Report on plague and inoculation in the Punjab from October 1st ... to September 30th..., being the ... season of plague in the province
Disease focus: Plague
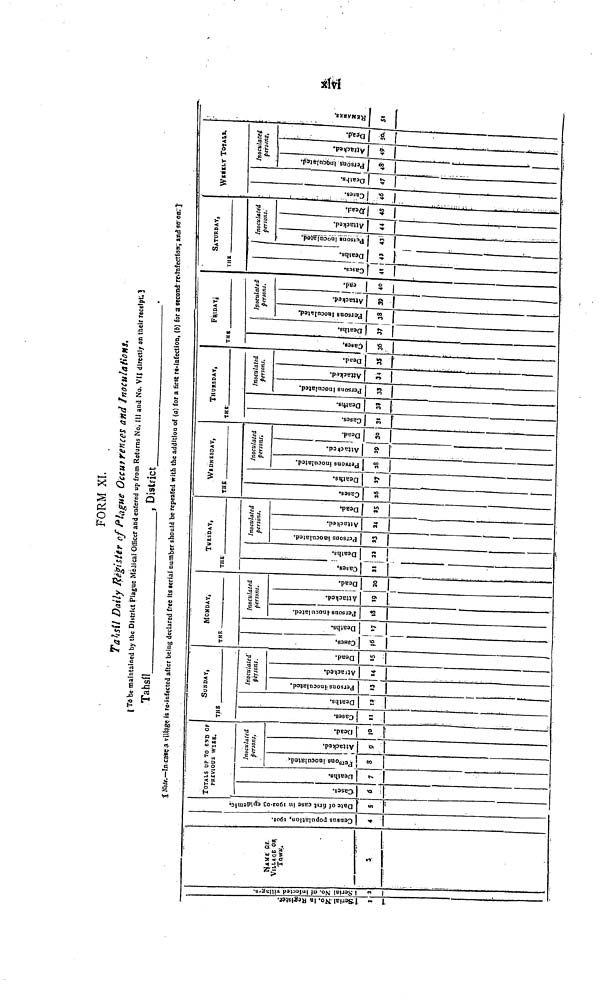
FORM XL
Tahsíl Daily Register of Plague Occurrences and Inoculations.
[ To be maintained by the District Plague Mèdical Officer and catered up from Returns No. III and No. VII directly on their receipt. ]
Tahsil
, District
[ Note.—In case a village is re-infected after being declared free its serial number should be repeated with the addition of (a) for a first re-infection, (b) for a second re infection, and so on.]
Serial No in Register
1
Serial No.of infected village
2
NAME OF VILLAGE OR
TOWN.
3
Census population,1901
4
Date of first case in1902.03epidemic
5
TOTALS UP TO END OF
PREVIOUS WEEK,
Cases
6
Deaths
7
Inoculated
persons.
Persons inoculated
3
Attacked
9
Dead
10
SUNDAY,
THE
Cases
11
Deaths
12
Inoculated'
persons.
Persons inoculated
13
Attacked
14
Dead
15
MONDAY,
THE.
Cases
16
Deaths
17
Inoculated
persons.
Persons inoculated
18
Attacked
19
Dead
20
TUESDAY,
THE
Cases
21
Deaths
22
Inoculated
persans.
Persons inoculated
23
Attacked
24
Dead
25
WEDNESDAY,
THE
Cases
26
Deaths
27
Inoculated
persons'.
Persons inoculated
28
Attacked
29
Dead
30
THURSDAY,
THE
Cases
31
Deaths
32
Inoculated
persons.
Persons inoculated
33
Attacked
34
Dead
35
FRIDAY,
THE
Cases
36
Deaths
37
lnoculated
persans.
Persons inoculated
38
Attacked
39
Dead
40
SATURDAY,
THE
Cases
41
Deaths
42
Inoculated
persons.
Persons inoculated
43
Attacked
44
Dead
45
WEEKLY TOTALS.
Cases
46
Deaths
47
persons;.
Persons inoculated
48
Attacked
49
Dead
50
Remarks
51